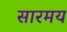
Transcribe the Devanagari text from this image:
सारमय